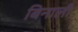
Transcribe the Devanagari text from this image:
बिनाली